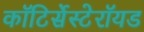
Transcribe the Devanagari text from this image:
कॉटिर्सेस्टेरॉयड